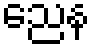
ညေန